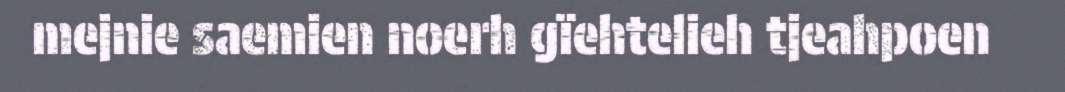
mejnie saemien noerh gïehtelieh tjeahpoen